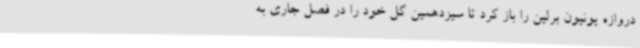
دروازه یونیون برلین را باز کرد تا سیزدهمین گل خود را در فصل جاری به